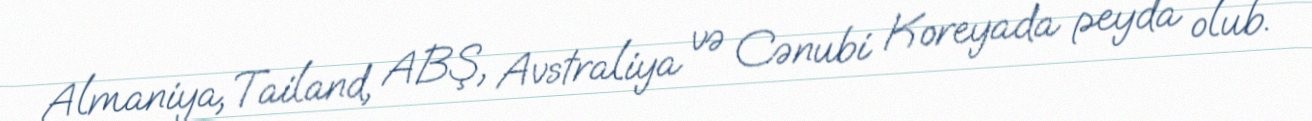
Almaniya, Tailand, ABŞ, Avstraliya və Cənubi Koreyada peyda olub.